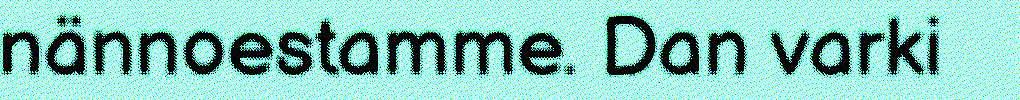
nännoestamme. Dan varki